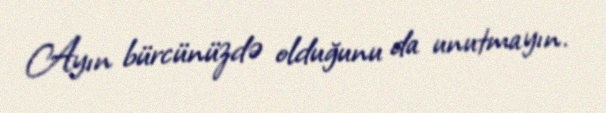
Ayın bürcünüzdə olduğunu da unutmayın.